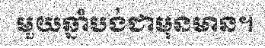
មួយឆ្នាំបង់ជាមុនមាន។